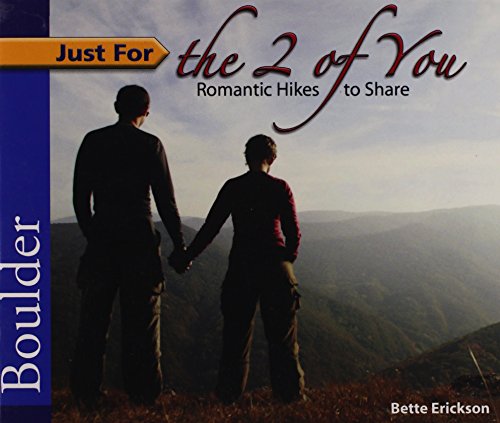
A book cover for Just for the 2 of You: Romantic Hikes to Share in Boulder; Bette Erickson; Travel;